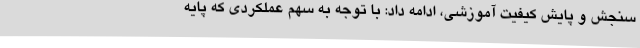
سنجش و پایش کیفیت آموزشی، ادامه داد: با توجه به سهم عملکردی که پایه